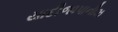
યાદીજાપાનીઝ